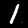
Digit: 1